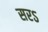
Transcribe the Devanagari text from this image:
सरऽ